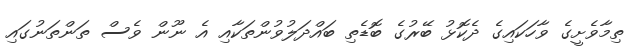
ތިމާވެށީގެ ވާހަކައިގެ ދެކޮޅު ބޭރުގެ ބޮޑެތި ބައްދަލުވުންތަކާއި އެ ނޫން ވެސް ތަންތަނުގައި